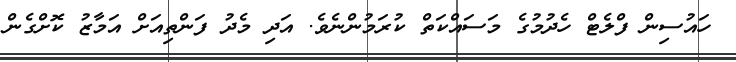
ހައުސިން ފްލެޓް ހެދުމުގެ މަސައްކަތް ކުރަމުންނެވެ. އަދި މެދު ފަންތިއަށް އަމާޒު ކޮށްގެން